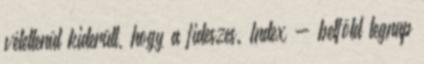
véletlenül kiderült, hogy a fideszes. Index - belföld tegnap